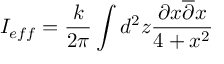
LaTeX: I _ { e f f } = \frac { k } { 2 \pi } \int d ^ { 2 } z \frac { \partial x \overline { { { \partial } } } x } { 4 + x ^ { 2 } }